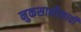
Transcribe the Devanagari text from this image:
नुकसानीसाठी